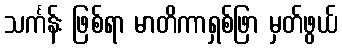
သင်္ကန်း ဖြစ်ရာ မာတိကာရှစ်ဖြာ မှတ်ဖွယ်